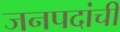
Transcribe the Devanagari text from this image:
जनपदांची